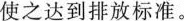
使之达到排放标准。